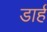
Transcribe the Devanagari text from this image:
डार्ह